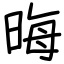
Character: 晦